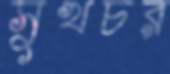
সুখচর